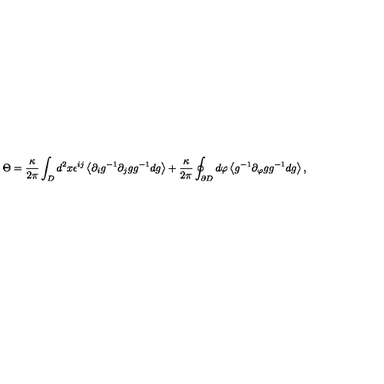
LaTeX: \Theta = \frac { \kappa } { 2 \pi } \int _ { D } d ^ { 2 } x \epsilon ^ { i j } \left< \partial _ { i } g ^ { - 1 } \partial _ { j } g g ^ { - 1 } d g \right> + \frac { \kappa } { 2 \pi } \oint _ { \partial { D } } d \varphi \left< g ^ { - 1 } \partial _ { \varphi } g g ^ { - 1 } d g \right> ,